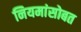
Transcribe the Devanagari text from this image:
नियमांसोबत